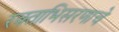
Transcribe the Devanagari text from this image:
रक्ताभिसरणाचे